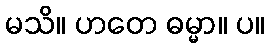
မသိ။ ဟတေ ဓမ္မာ။ ပ။